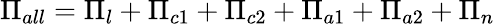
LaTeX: \Pi_{all}=\Pi_{l}+\Pi_{c1}+\Pi_{c2}+\Pi_{a1}+\Pi_{a2}+\Pi_{n}